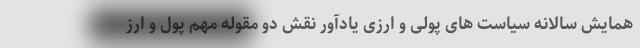
همایش سالانه سیاست های پولی و ارزی یادآور نقش دو مقوله مهم پول و ارز